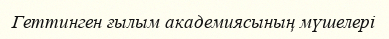
Геттинген ғылым академиясының мүшелері